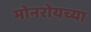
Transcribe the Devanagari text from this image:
मोनरोयच्या